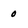
Character: 0